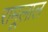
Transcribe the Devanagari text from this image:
रामूलाल